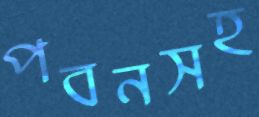
পবনসহ